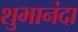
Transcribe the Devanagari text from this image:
शुभानंदा